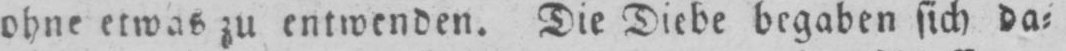
ohne etwas zu entwenden. Die Diebe begaben sich da⸗